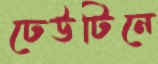
ঢেউটিনে